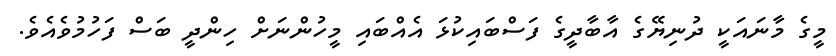
މީގެ މާނައަކީ ދުނިޔޭގެ އާބާދީގެ ފަސްބައިކުޅަ އެއްބައި މީހުންނަށް ހިންދީ ބަސް ފަހުމުވެއެވެ.